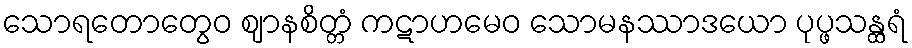
သောရတောတွေဝ ဈာနစိတ္တံ ကဋာဟမေဝ သောမနဿာဒယော ပုပ္ဖသန္ထရံ